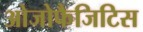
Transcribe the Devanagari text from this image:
ओजोफैजिटिस